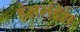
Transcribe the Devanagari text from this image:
हंससंदेश